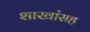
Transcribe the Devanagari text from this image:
शाखांसह